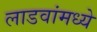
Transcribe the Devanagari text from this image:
लाडवांमध्ये